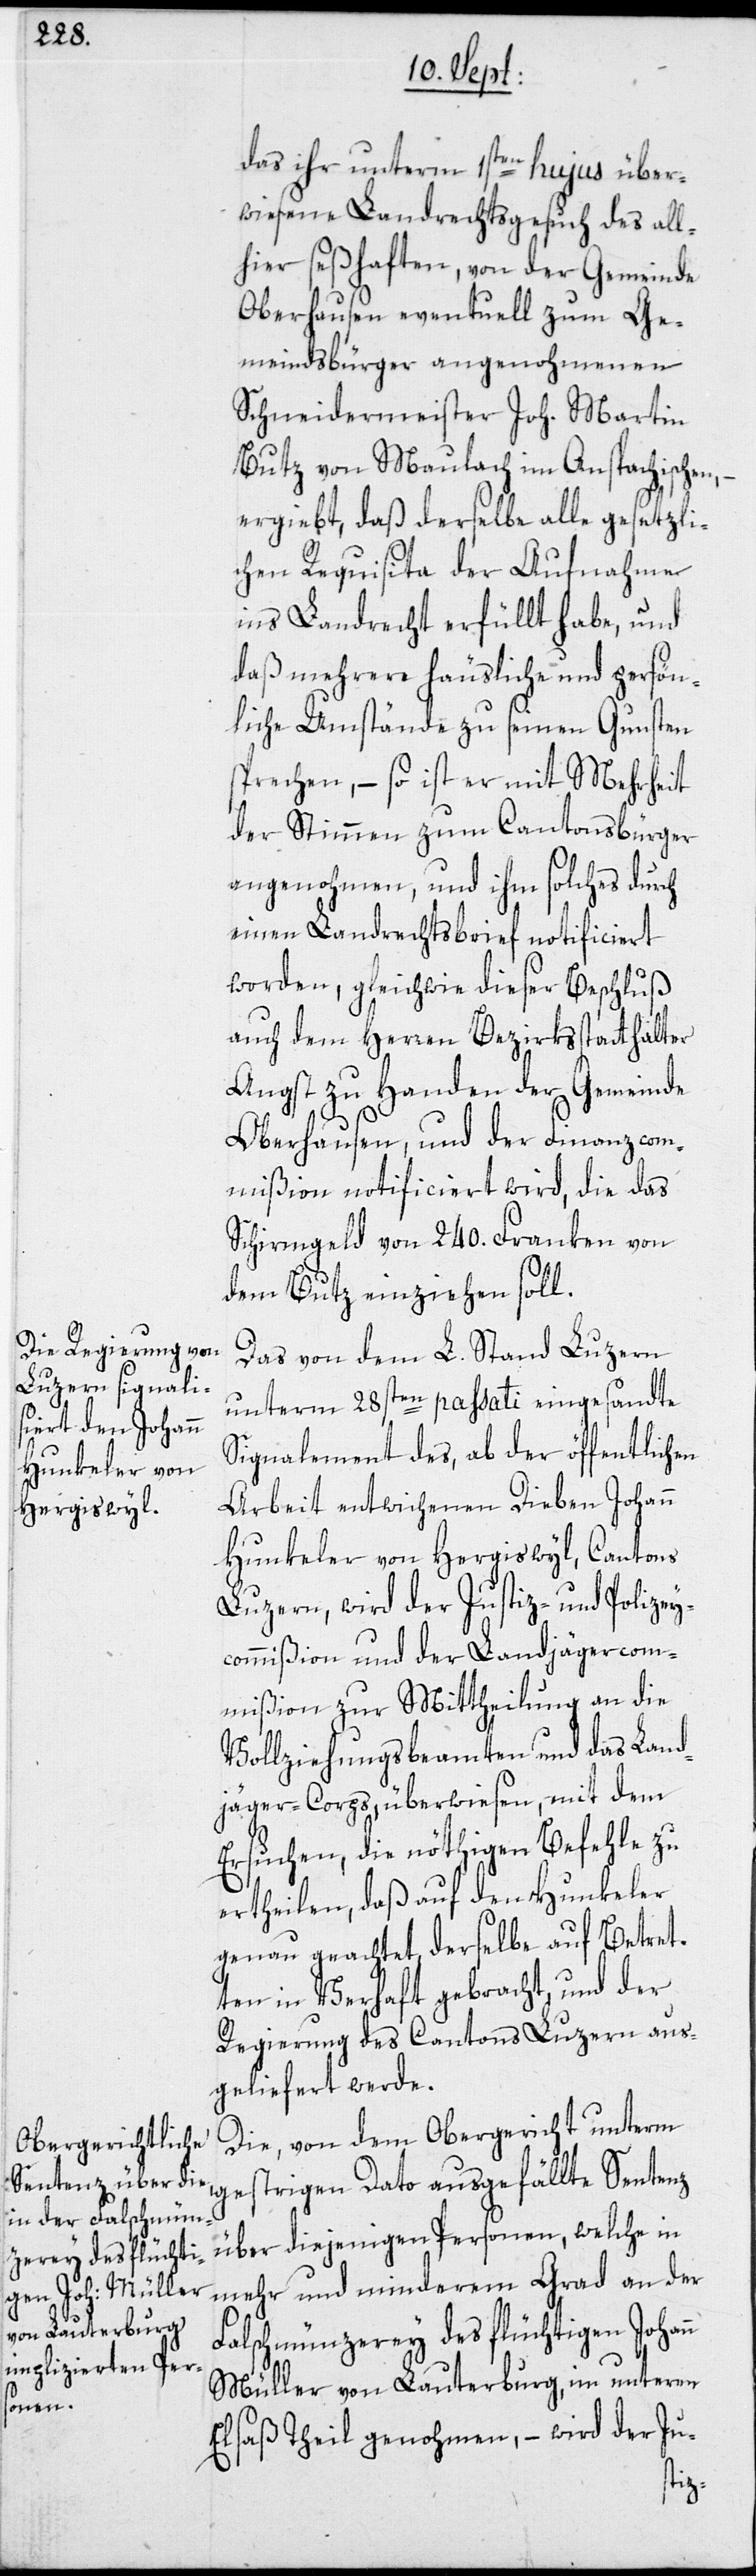
das ihr unterm 1sten hujus über¬
wiesene Landrechtsgesuch des all¬
hier seßhaften, von der Gemeinde
Oberhausen eventuell zum Ge¬
meindsbürger angenohmenen
Schneidermeister Joh. Martin
Butz von Maulach im Anspachischen,
ergiebt, daß derselbe alle gesetzli¬
chen Requisita der Aufnahme
ins Landrecht erfüllt habe, und
daß mehrere häusliche und persön¬
liche Umstände zu seinen Gunsten
sprechen, – so ist er mit Mehrheit
der Stimmen zum Cantonsbürger
angenohmen, und ihm solches durch
einen Landrechtsbrief notificiert
worden, gleichwie dieser Beschluß
auch dem Herren Bezirksstatthalter
Angst zu Handen der Gemeinde
Oberhausen, und der Finanzcom¬
mißion notificiert wird, die das
Schirmgeld von 240. Franken von
dem Butz einziehen soll.
Das von dem L. Stand Luzern
unterm 28sten passati eingesandte
Signalement des, ab der öffentlichen
Arbeit entwichenen Dieben Johann
Hunkeler von Hergiswyl, Cantons
Luzern, wird der Justiz- und Polizey¬
commißion und der Landjägercom¬
mißion zur Mittheilung an die
Vollziehungsbeamten und das Land¬
jäger-Corps, überwiesen, mit dem
Ersuchen, die nöthigen Befehle zu
ertheilen, daß auf den Hunkeler
genau geachtet, derselbe auf Betret¬
ten in Verhaft gebracht, und der
Regierung des Cantons Luzern aus¬
geliefert werde.
Die, von dem Obergericht unterm
gestrigen Dato ausgefällte Sentenz
über diejenigen Personen, welche in
mehr und minderem Grad an der
Falschmünzerey des flüchtigen Johann
Müller von Lauterburg, im unteren
Elsaß Theil genohmen, – wird der Ju-